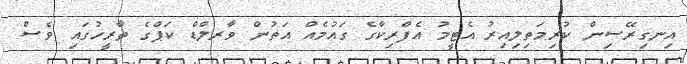
އިނގިރޭސިން ކުރިމަތިލިއިރު އެޓީމު އެފްރިކާގެ ގައުމެއް އަތުން ވާރލްޑް ކަޕްގެ ތާރީހުގައި ވެސް